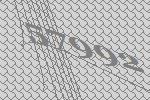
57992